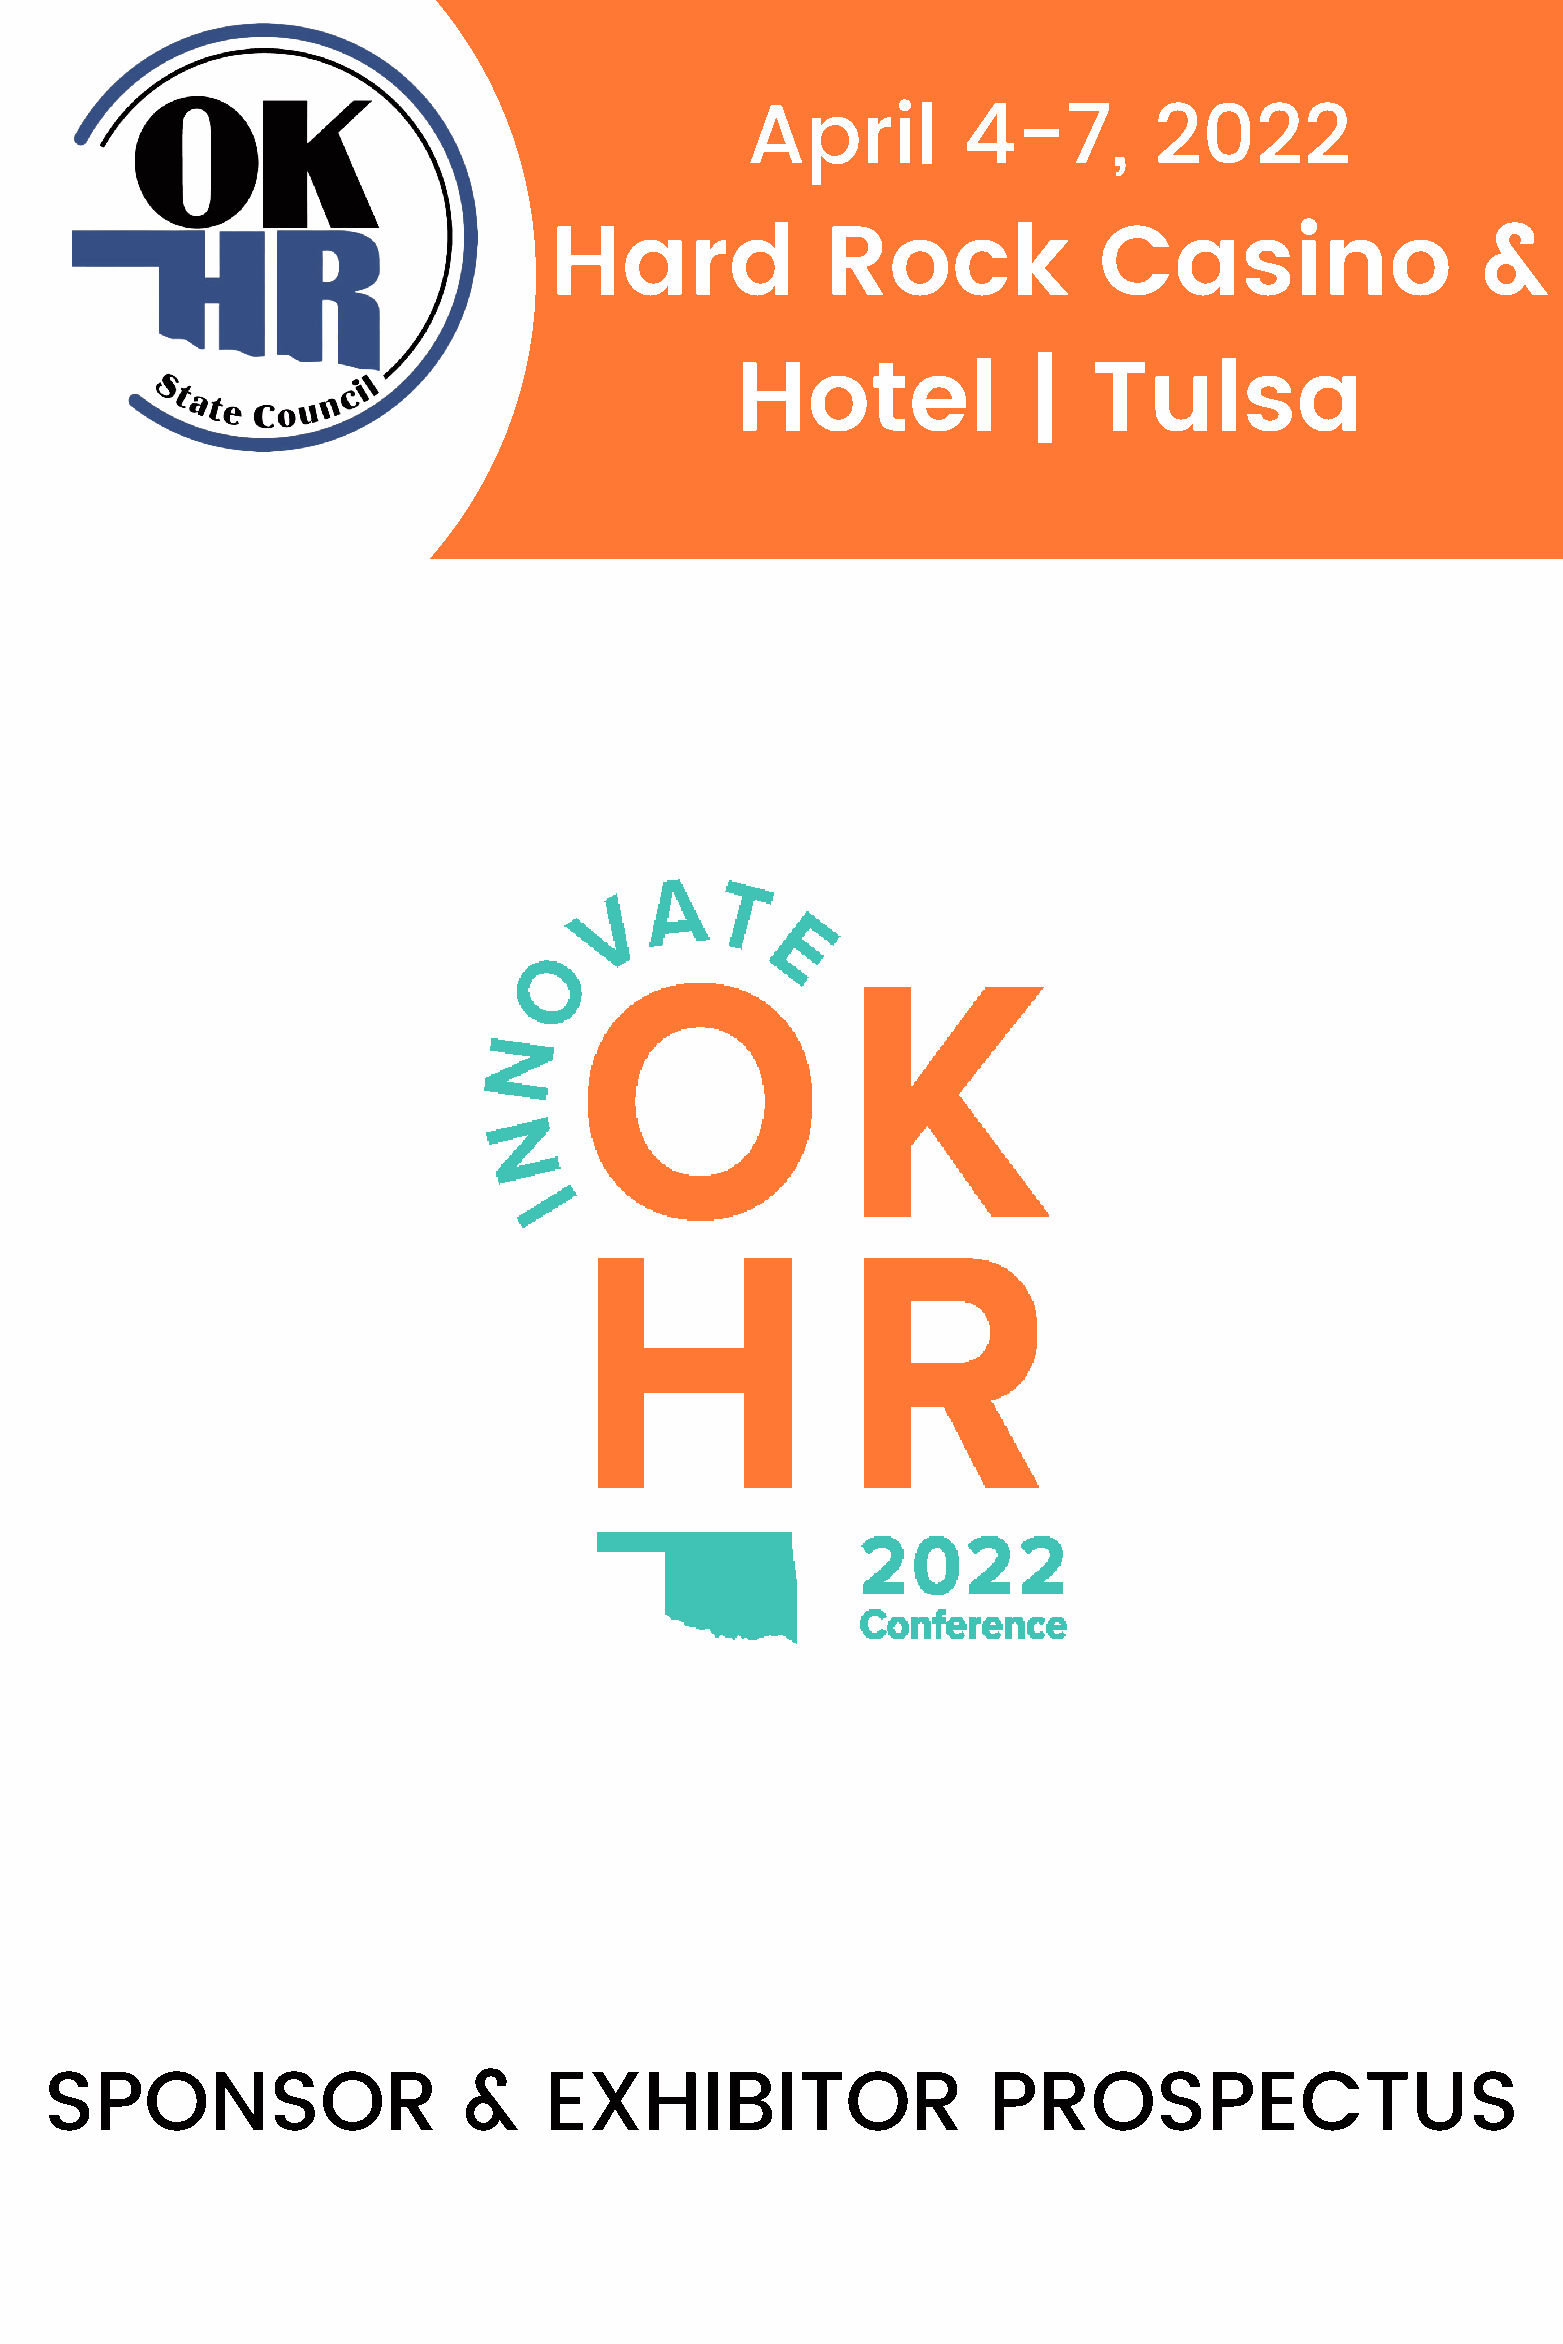
April          4-7,        2022
 Hard               Rock              Casino                   &
 Hotel              |   Tulsa
 SPONSOR                     &    EXHIBITOR                    PROSPECTUS